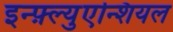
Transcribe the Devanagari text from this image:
इन्फ़्ल्युएन्शियल